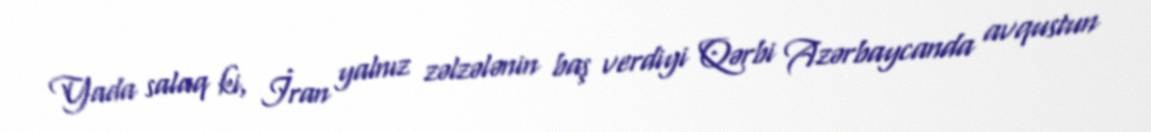
Yada salaq ki, İran yalnız zəlzələnin baş verdiyi Qərbi Azərbaycanda avqustun